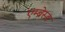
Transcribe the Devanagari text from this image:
एम्ब्रेस्ड